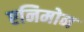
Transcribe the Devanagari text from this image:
एनिमोन